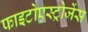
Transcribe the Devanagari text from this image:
फाइटोएस्ट्रोजेंस